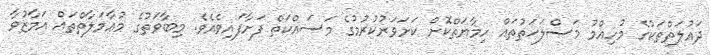
ދައުލަތްތަކުގެ މުހިއްމު މަޞްލަޙަތުތައް ހިމާޔަތްކޮށް ކަށަވަރުކުރުމުގެ މަސައްކަތް ފަށާފައިވެއެވެ. މިބާވަތުގެ މުޢާމަލާތްތައް އަމާޒުވާ